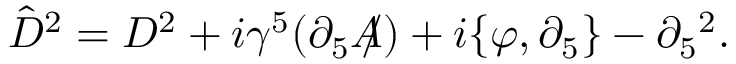
\hat { D } ^ { 2 } = D ^ { 2 } + i \gamma ^ { 5 } ( \partial _ { 5 } A \! \! \! / ) + i \{ \varphi , \partial _ { 5 } \} - \partial _ { 5 } { } ^ { 2 } .